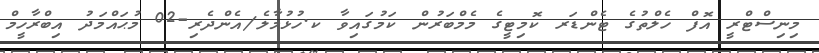
މިނިސްޓްރީ އޮފް ހެލްތުގެ ޓެންޑަރ ކޮމިޓީގެ މެމްބަރުން ކަމުގައިވާ ކ.ހުޅުމާލެ/އެންދެރި-02 މުޙައްމަދު އިބްރާހީމް